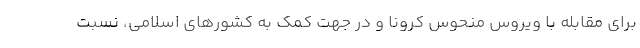
برای مقابله با ویروس منحوس کرونا و در جهت کمک به کشورهای اسلامی، نسبت